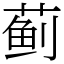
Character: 蓟